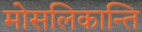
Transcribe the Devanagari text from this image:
मोसलिकान्ति